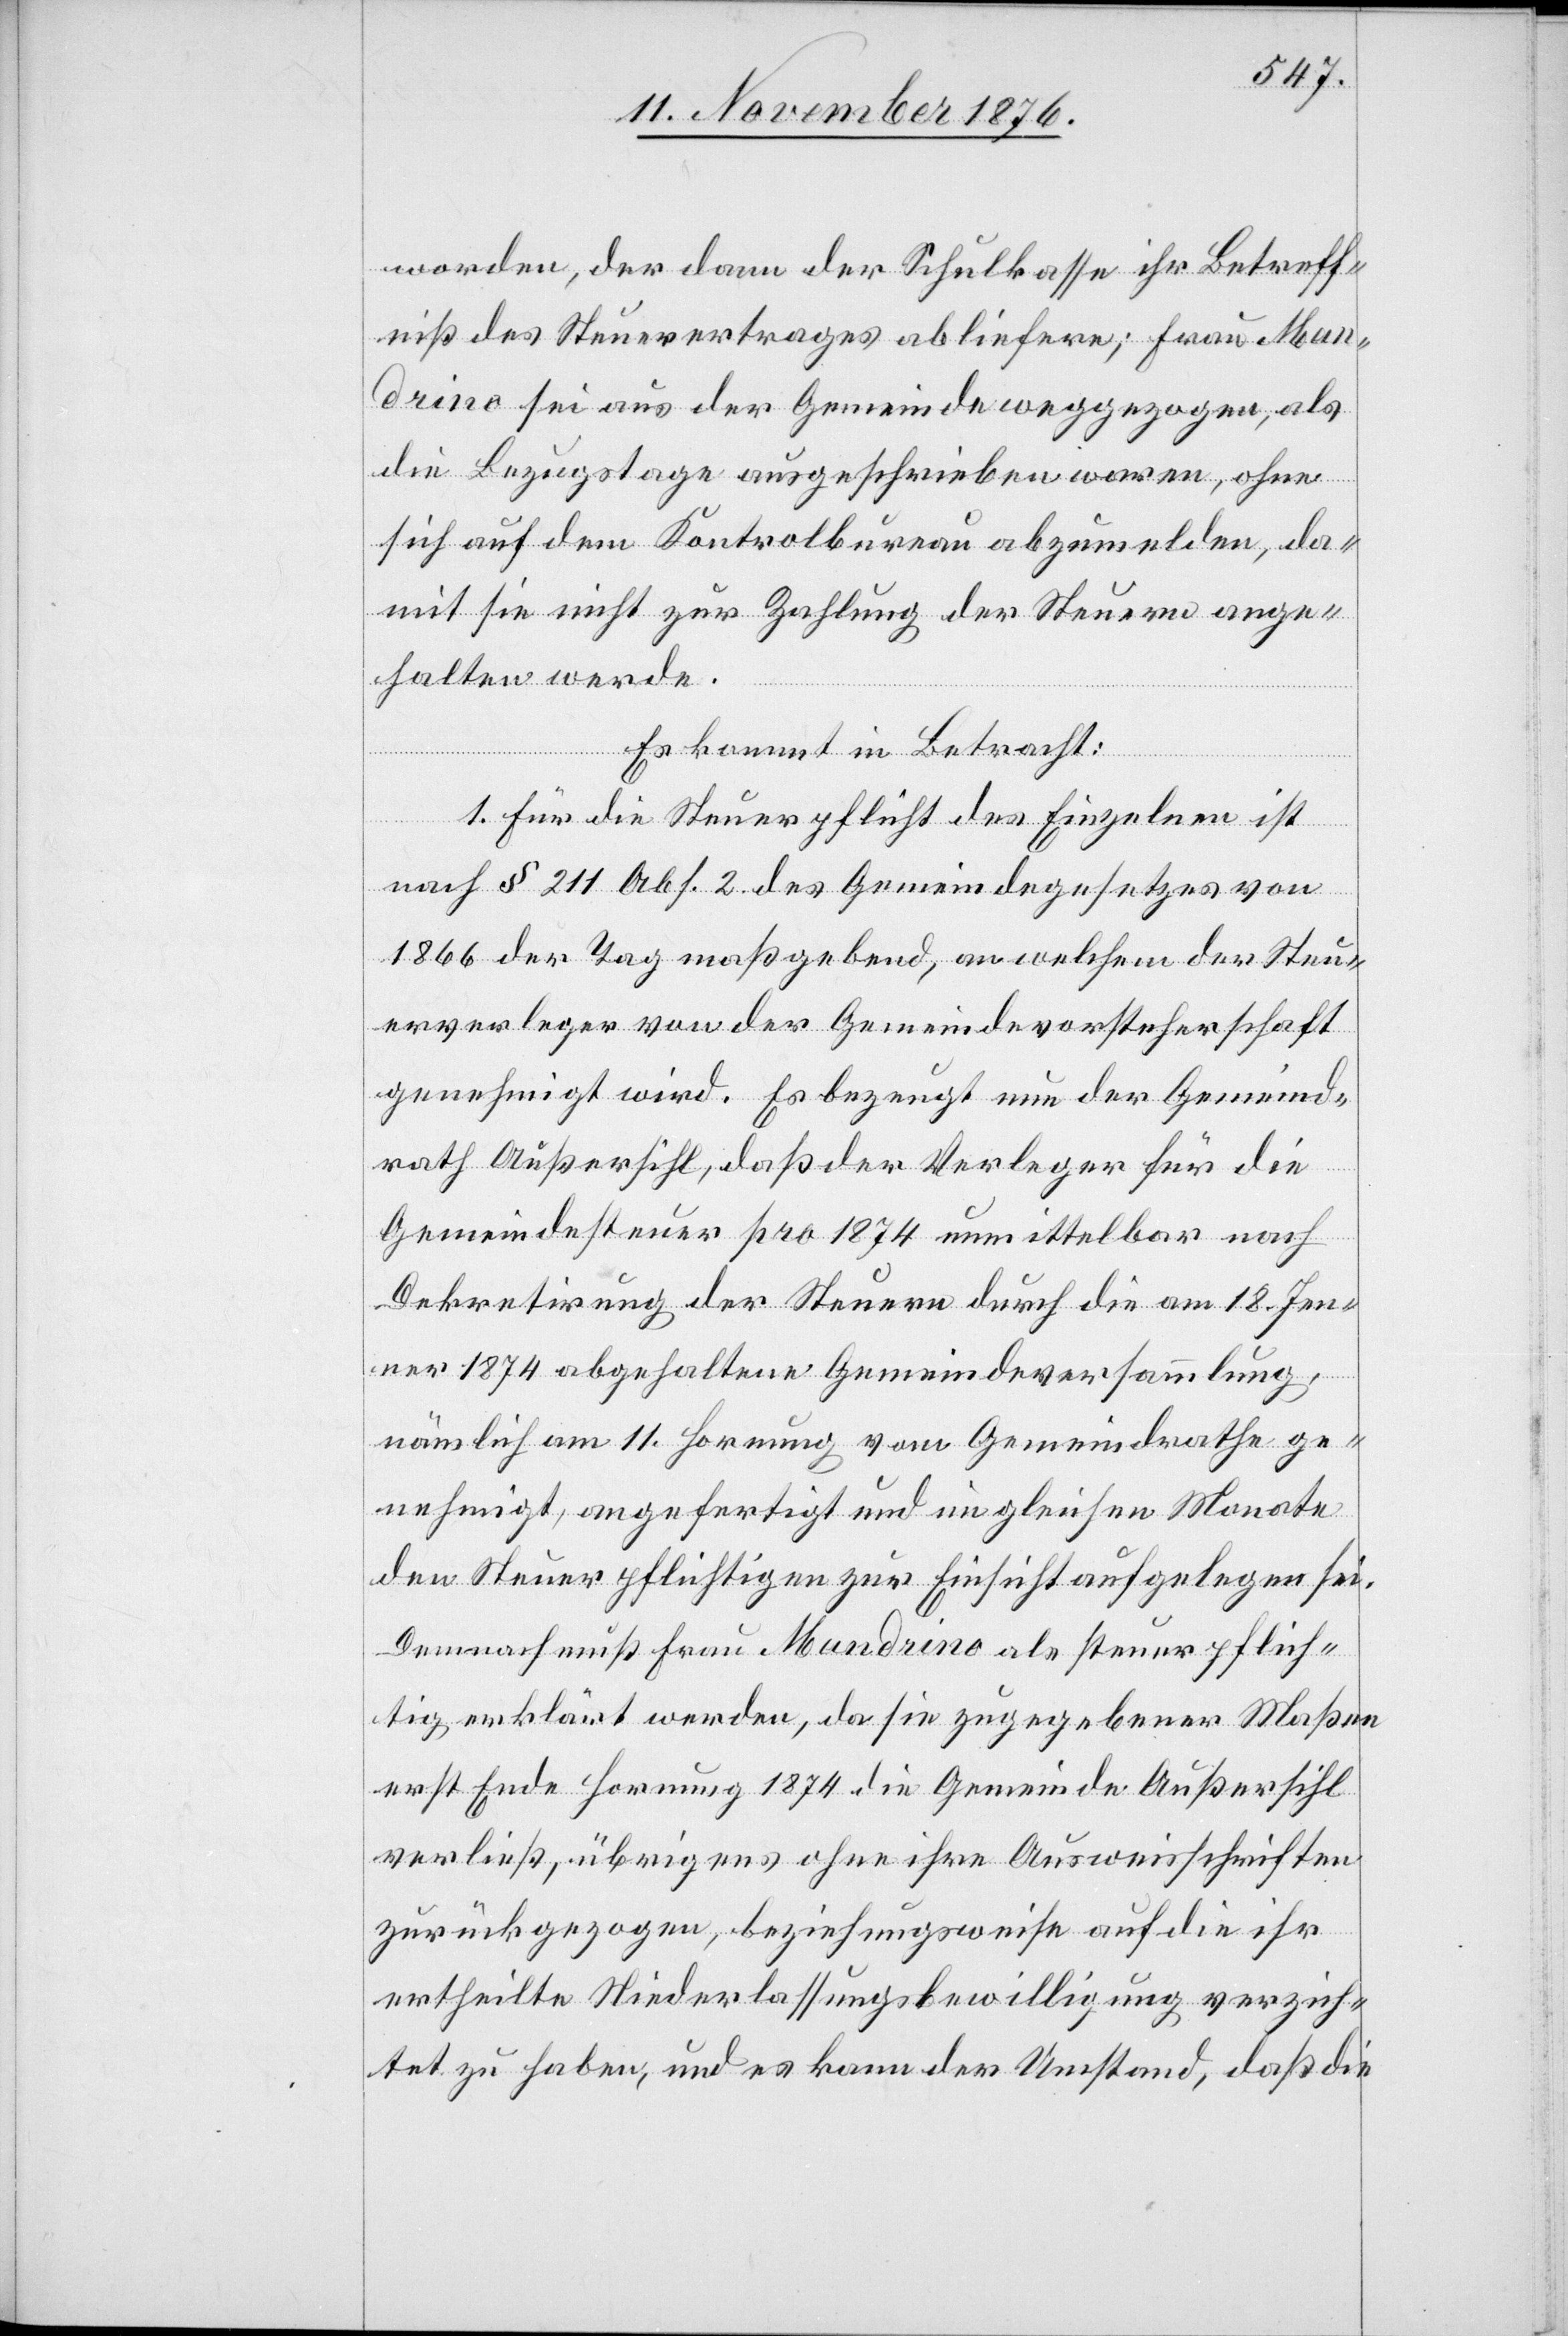
worden, der dann der Schulkasse ihr Betreff¬
niß des Steuerertrages abliefere; Frau Man¬
drino sei aus der Gemeinde weggezogen, ohne
sich auf dem Kontrollbureau abzumelden, da¬
mit sie nicht zur Zahlung der Steuern ange¬
halten werde.
Es kommt in Betracht:
I. Für die Steuerpflicht des Einzelnen ist
nach § 211 Abs. 2 des Gemeindegesetzes von
1866 der Tag maßgebend, an welchem der Steu¬
erverleger von der Gemeindevorsteherschaft
genehmigt wird. Es bezeugt nun der Gemeind¬
rath Außersihl, daß der Verleger für die
Gemeindesteuer pro 1874 unmittelbar nach
Dekretirung der Steuern durch die am 18. Jen¬
ner 1874 abgehaltene Gemeindeversammlung,
nämlich am 11. Hornung vom Gemeindrathe ge¬
nehmigt, angefertigt und im gleichen Monate
den Steuerpflichtigen zur Einsicht aufgelegen sei.
Demnach muß Frau Mandrino als steuerpflich¬
tig erklärt werden, da sie zugegebener Maßen
erst Ende Hornung 1874 die Gemeinde Außersihl
verließ, übrigens ohne ihre Ausweisschriften
zurückgezogen, beziehungsweise auf die ihr
ertheilte Niederlassungsbewilligung verzich¬
tet zu haben, und es kann der Umstand, daß die